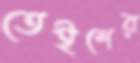
তেইশের